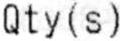
QTY (S)